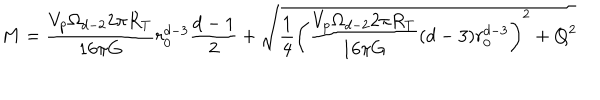
M = \frac { V _ { p } \Omega _ { d - 2 } 2 \pi R _ { T } } { 1 6 \pi G } r _ { 0 } ^ { d - 3 } \frac { d - 1 } { 2 } + \sqrt { \frac { 1 } { 4 } \left( \frac { V _ { p } \Omega _ { d - 2 } 2 \pi R _ { T } } { 1 6 \pi G } ( d - 3 ) r _ { 0 } ^ { d - 3 } \right) ^ { 2 } + Q ^ { 2 } }